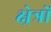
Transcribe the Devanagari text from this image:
क्ष्रेत्रों